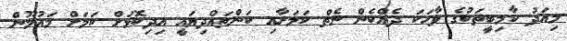
މިއަދު ކާމިބީތަކުގެ ވާހަކަ ދެއްކެން ނެތް ކަމަށާއި ކަންތައްދިޔައީ އިދިކޮޅަށް ކަމަށް މައުމޫން